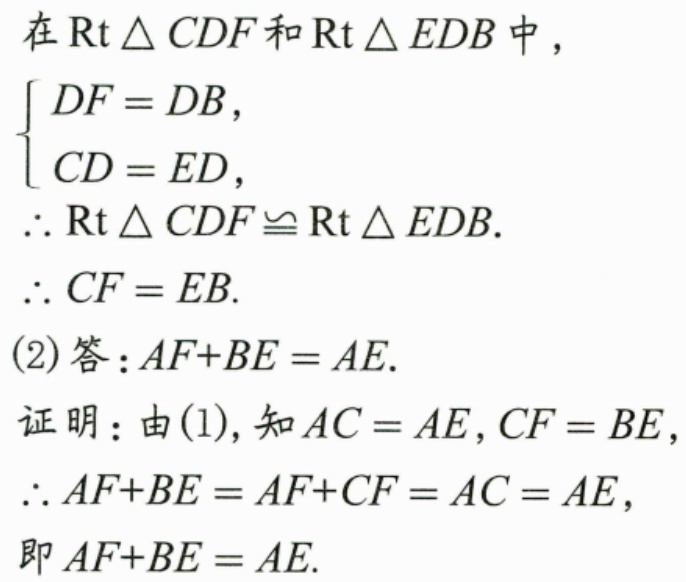
在 \(\text{Rt}\triangle CDF\) 和 \(\text{Rt}\triangle EDB\) 中，
\(\begin{cases}
DF = DB, \\
CD = ED,
\end{cases}\)
\(\therefore \text{Rt}\triangle CDF\cong \text{Rt}\triangle EDB\).
\(\therefore CF = EB\).
(2)答：\(AF + BE = AE\).
证明：由(1)，知 \(AC = AE\)，\(CF = BE\)，
\(\therefore AF + BE = AF + CF = AC = AE\)，
即 \(AF + BE = AE\).